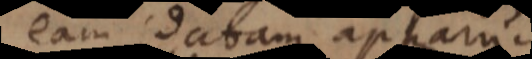
eam datam apparuit.